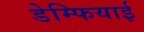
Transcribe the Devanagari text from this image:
डेम्फियाई